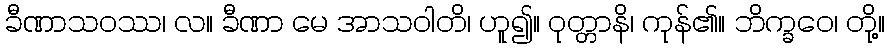
ခီဏာသဝဿ၊ လ။ ခီဏာ မေ အာသဝါတိ၊ ဟူ၍။ ဝုတ္တာနိ၊ ကုန်၏။ ဘိက္ခဝေ၊ တို့။